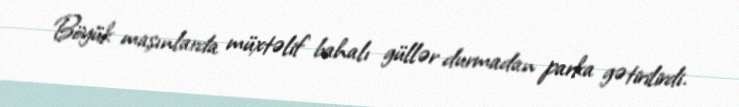
Böyük maşınlarda müxtəlif bahalı güllər durmadan parka gətirilirdi.